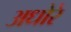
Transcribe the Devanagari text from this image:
अधोरे